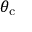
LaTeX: \theta _ { \mathrm { c } }